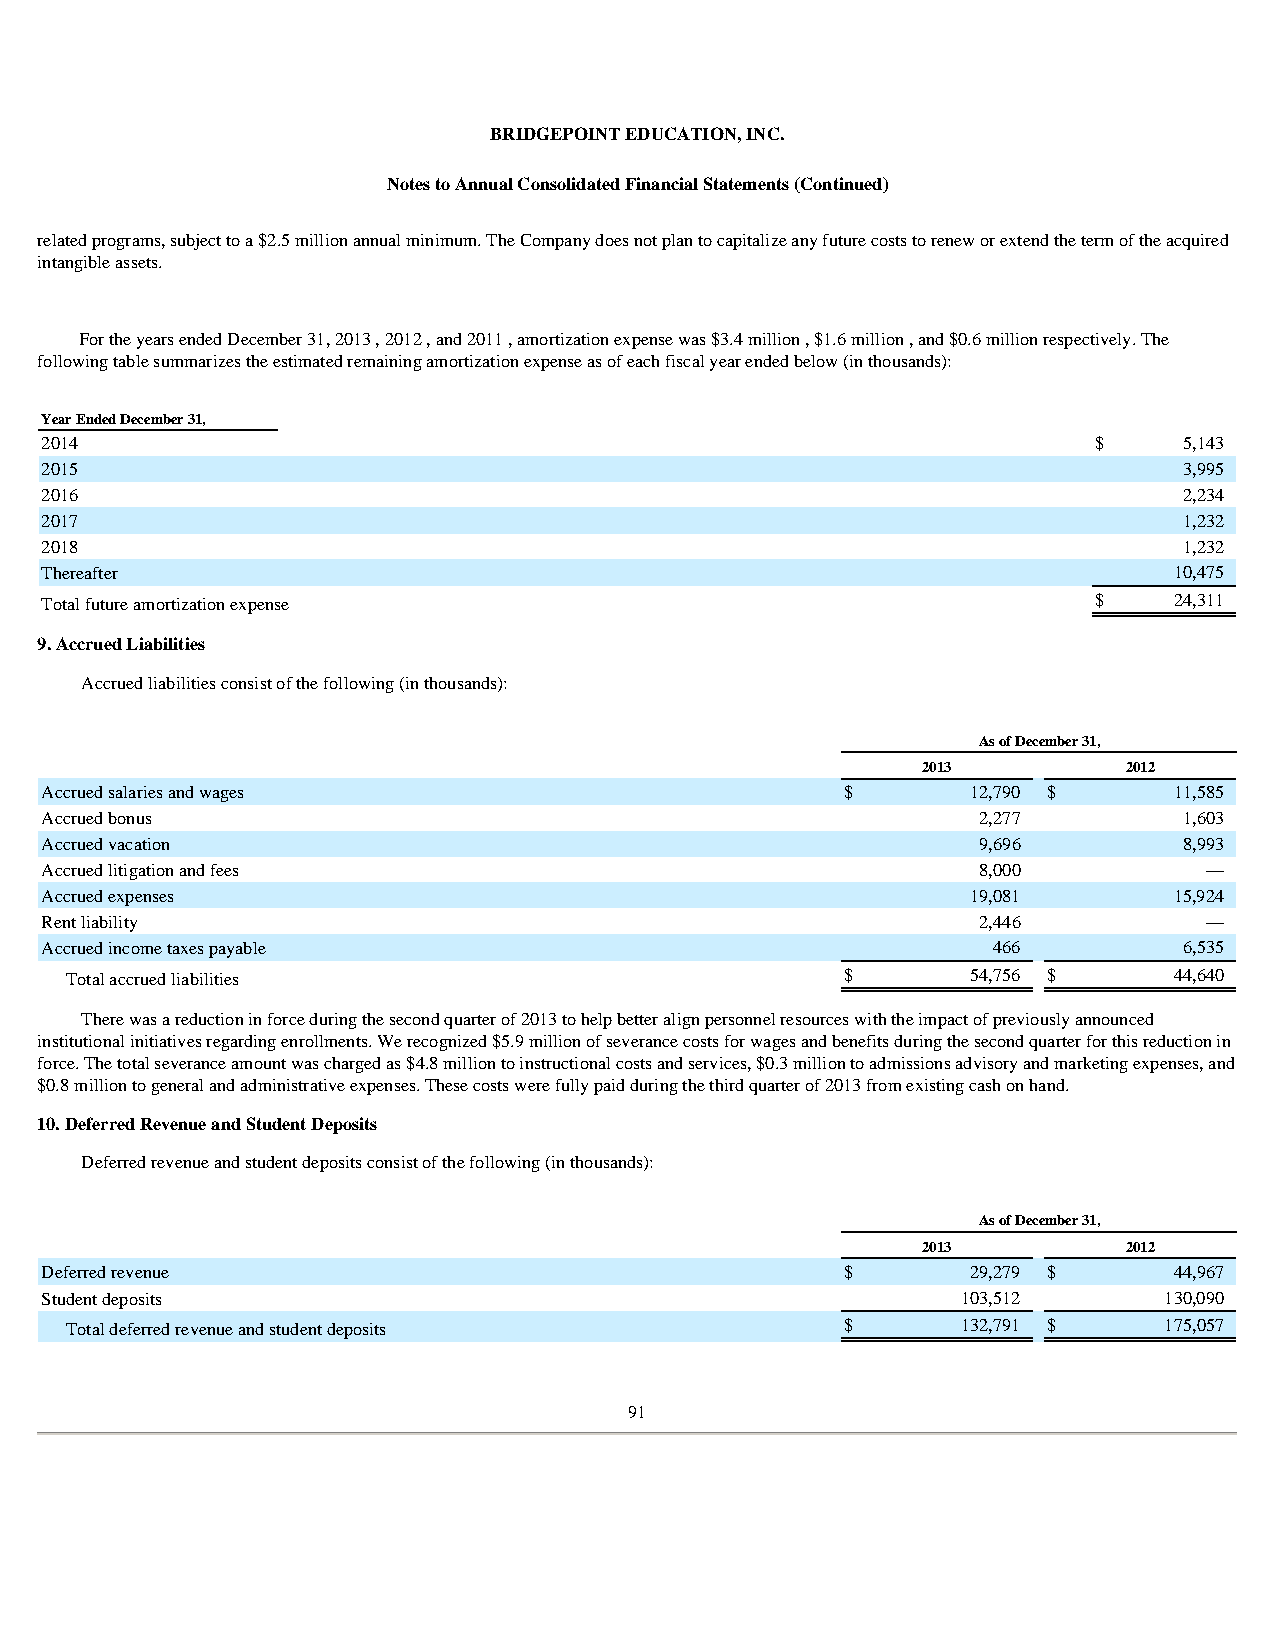
BRIDGEPOINT EDUCATION, INC.
 Notes to Annual Consolidated Financial Statements (Continued)
 related programs, subject to a $2.5 million annual minimum. The Company does not plan to capitalize any future costs to renew or extend the term of the acquired
 intangible assets.
 For the years ended December 31, 2013 , 2012 , and 2011 , amortization expense was $3.4 million , $1.6 million , and $0.6 million respectively. The
 following table summarizes the estimated remaining amortization expense as of each fiscal year ended below (in thousands):
 Year Ended December 31,
 2014                                                                  $    5,143
 2015                                                                       3,995
 2016                                                                       2,234
 2017                                                                       1,232
 2018                                                                       1,232
 Thereafter                                                                 10,475
 Total future amortization expense                                     $    24,311
 9. Accrued Liabilities
 Accrued liabilities consist of the following (in thousands):
 As of December 31,
 2013          2012
 Accrued salaries and wages                           $       12,790 $      11,585
 Accrued bonus                                                 2,277        1,603
 Accrued vacation                                              9,696        8,993
 Accrued litigation and fees                                   8,000          —
 Accrued expenses                                             19,081        15,924
 Rent liability                                                2,446          —
 Accrued income taxes payable                                   466         6,535
 Total accrued liabilities                           $       54,756 $      44,640
 There was a reduction in force during the second quarter of 2013 to help better align personnel resources with the impact of previously announced
 institutional initiatives regarding enrollments. We recognized $5.9 million of severance costs for wages and benefits during the second quarter for this reduction in
 force. The total severance amount was charged as $4.8 million to instructional costs and services, $0.3 million to admissions advisory and marketing expenses, and
 $0.8 million to general and administrative expenses. These costs were fully paid during the third quarter of 2013 from existing cash on hand.
 10. Deferred Revenue and Student Deposits
 Deferred revenue and student deposits consist of the following (in thousands):
 As of December 31,
 2013          2012
 Deferred revenue                                     $       29,279 $      44,967
 Student deposits                                             103,512      130,090
 Total deferred revenue and student deposits         $       132,791 $    175,057
 91